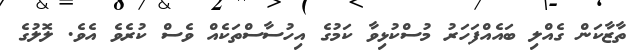
ތާޒާކަން ގެއްލި ބައެއްފަހަރު މުސްކުޅިވާ ކަމުގެ އިހުސާސްތަކެއް ވެސް ކުރެވެ އެވެ. ލޮލުގެ